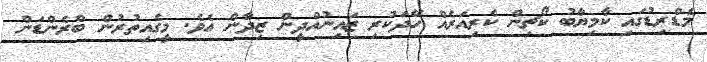
މެޑްރިޑުގައި ކާމިޔާބު ކޯޗިން ކެރިއަރެއް ހޭދަކުރި ޒައިނުއްދީން ޒިދާން އެވެ. މީގެއިތުރުން ބްރެންޑަން